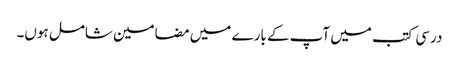
درسی کتب میں آپ کے بارے میں مضامین شامل ہوں۔